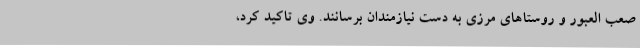
صعب العبور و روستاهای مرزی به دست نیازمندان برسانند. وی تاکید کرد،